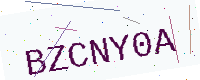
Text: BZCNY0A